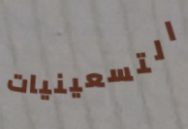
التسعينيات